Lunatic asylums Madras 1877-1891 - 1877-1891
Year: 1877
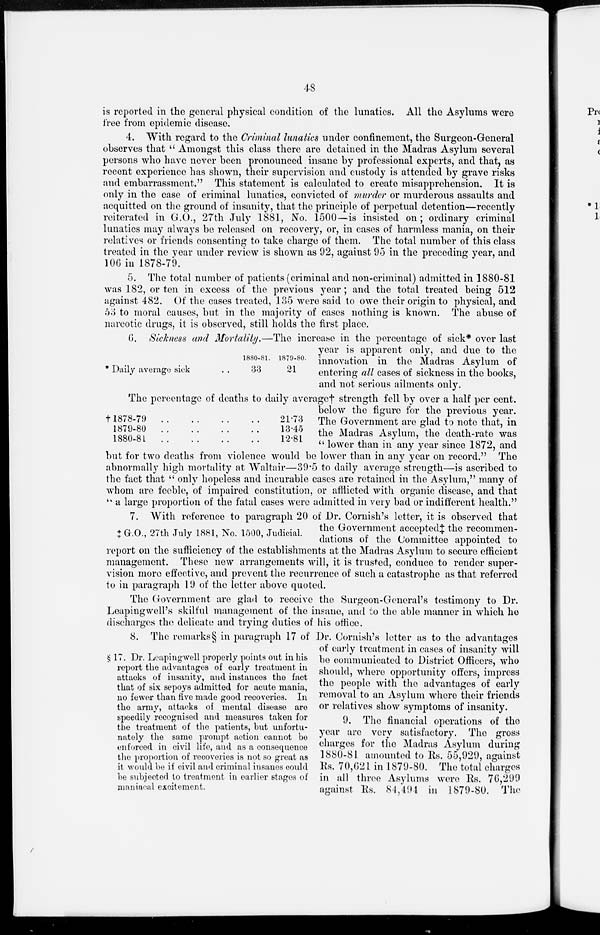
48
is reported in the general physical condition of the lunatics. All the Asylums were
free from epidemic disease.
4. With regard to the Criminal lunatics under confinement, the Surgeon-General
observes that "Amongst this class there are detained in the Madras Asylum several
persons who have never been pronounced insane by professional experts, and that, as
recent experience has shown, their supervision and custody is attended by grave risks
and embarrassment." This statement is calculated to create misapprehension. It is
only in the case of criminal lunatics, convicted of murder or murderous assaults and
acquitted on the ground of insanity, that the principle of perpetual detention—recently
reiterated in G.O., 27th July 1881, No. 1500—is insisted on; ordinary criminal
lunatics may always be released on recovery, or, in cases of harmless mania, on their
relatives or friends consenting to take charge of them. The total number of this class
treated in the year under review is shown as 92, against 95 in the preceding year, and
106 in 1878-79.
5. The total number of patients (criminal and non-criminal) admitted in 1880-81
was 182, or ten in excess of the previous year ; and the total treated being 512
against 482. Of the cases treated, 135 were said to owe their origin to physical, and
53 to moral causes, but in the majority of cases nothing is known. The abuse of
narcotic drugs, it is observed, still holds the first place.
* Daily average sick ..
1880-81.
33
1879-80.
21
6. Sickness and Mortality.—The increase in the percentage of sick* over last
year is apparent only, and due to the
innovation in the Madras Asylum of
entering all cases of sickness in the books,
and not serious ailments only.
†1878-79
..
..
..
..
1879-80
..
..
..
.
1880-81
..
..
..
.
21.73
13.45
12.81
The percentage of deaths to daily average † strength fell by over a half per cent.
below the figure for the previous year.
The Government are glad to note that, in
the Madras Asylum, the death-rate was
"lower than in any year since 1872, and
but for two deaths from violence would be lower than in any year on record." The
abnormally high mortality at Waltair—39.5 to daily average strength—is ascribed to
the fact that "only hopeless and incurable cases are retained in the Asylum," many of
whom are feeble, of impaired constitution, or afflicted with organic disease, and that
" a large proportion of the fatal cases were admitted in very bad or indifferent health."
‡ G.O., 27th July 1881, No. 1500, Judicial.
7. With reference to paragraph 20 of Dr. Cornish's letter, it is observed that
the Government accepted‡ the recommen-
dations of the Committee appointed to
report on the sufficiency of the establishments at the Madras Asylum to secure efficient
management. These new arrangements will, it is trusted, conduce to render super-
vision more effective, and prevent the recurrence of such a catastrophe as that referred
to in paragraph 19 of the letter above quoted.
The Government are glad to receive the Surgeon-General's testimony to Dr.
Leapingwell's skilful management of the insane, and to the able manner in which he
discharges the delicate and trying duties of his office.
§ 17. Dr. Leapingwell properly points out in his
report the advantages of early treatment in
attacks of insanity, and instances the fact
that of six sepoys admitted for acute mania,
no fewer than five made good recoveries. In
the army, attacks of mental disease are
speedily recognised and measures taken for
the treatment of the patients, but unfortu-
nately the same prompt action cannot be
enforced in civil life, and as a consequence
the proportion of recoveries is not so great as
it would be if civil and criminal insanes could
he subjected to treatment in earlier stages of
maniacal excitement.
8. The remarks § in paragraph 17 of Dr. Cornish's letter as to the advantages
of early treatment in cases of insanity will
be communicated to District Officers, who
should, where opportunity offers, impress
the people with the advantages of early
removal to an Asylum where their friends
or relatives show symptoms of insanity.
9. The financial operations of the
year are very satisfactory. The gross
charges for the Madras Asylum during
1880-81 amounted to Rs. 55,929, against
Rs. 70,62l in 1879-80. The total charges
in all three Asylums were Rs. 76,299
against Rs. 84,494 in 1879-80. The